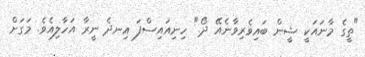
"ތީގެ މާނައަކީ ޝީން ބައިވެރިވާނެއޭ ދޯ." ހިނިއައިސްފަ އިނދެ ނީރާ އަހާލިއެވެ. މަގަށް